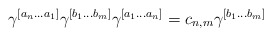
\begin{align*}\gamma^{[a_n...a_1]} \gamma^{[b_1...b_m]} \gamma^{[a_1...a_n]} = c_{n,m} \gamma^{[b_1...b_m]}\end{align*}